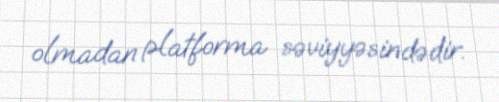
olmadan platforma səviyyəsindədir.